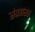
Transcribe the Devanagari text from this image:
संग्रहासह